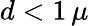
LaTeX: d<1\, \mu